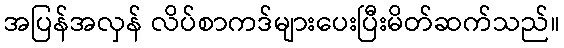
အပြန်အလှန် လိပ်စာကဒ်များပေးပြီးမိတ်ဆက်သည်။